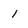
Character: l